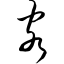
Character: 客